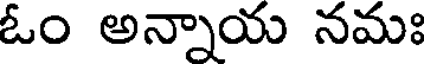
ఓం అన్నాయ నమః